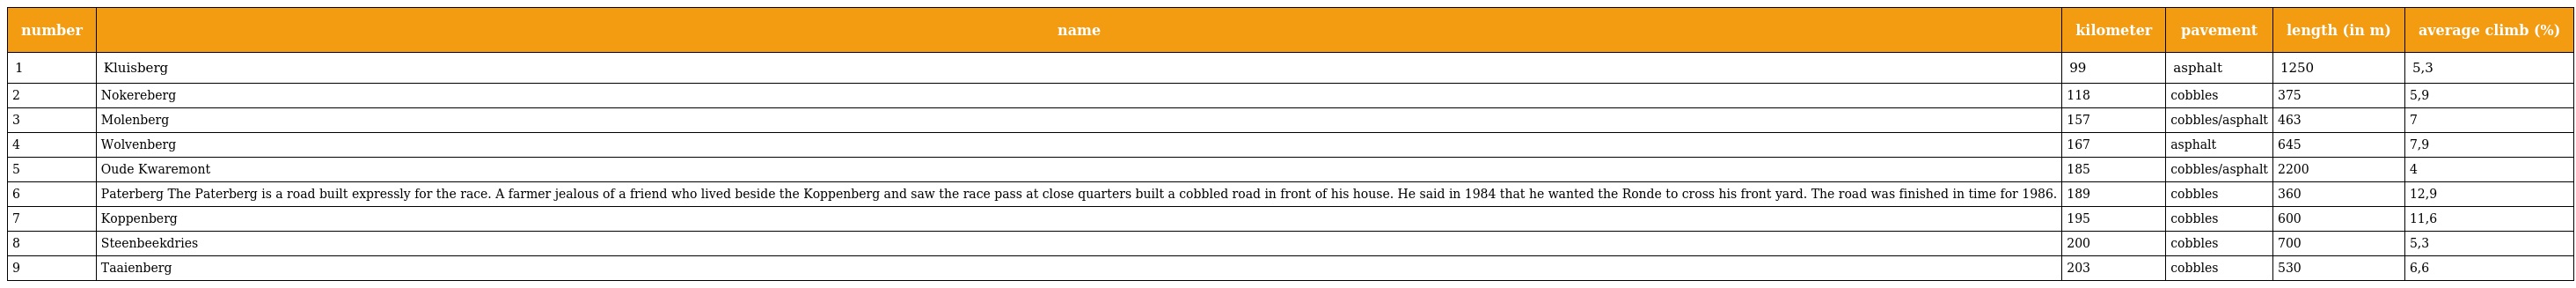
| number | name | kilometer | pavement | length (in m) | average climb (%) |
 | --- | --- | --- | --- | --- | --- |
 | 1 | Kluisberg | 99 | asphalt | 1250 | 5,3 |
 | 2 | Nokereberg | 118 | cobbles | 375 | 5,9 |
 | 3 | Molenberg | 157 | cobbles/asphalt | 463 | 7 |
 | 4 | Wolvenberg | 167 | asphalt | 645 | 7,9 |
 | 5 | Oude Kwaremont | 185 | cobbles/asphalt | 2200 | 4 |
 | 6 | Paterberg The Paterberg is a road built expressly for the race. A farmer jealous of a friend who lived beside the Koppenberg and saw the race pass at close quarters built a cobbled road in front of his house. He said in 1984 that he wanted the Ronde to cross his front yard. The road was finished in time for 1986. | 189 | cobbles | 360 | 12,9 |
 | 7 | Koppenberg | 195 | cobbles | 600 | 11,6 |
 | 8 | Steenbeekdries | 200 | cobbles | 700 | 5,3 |
 | 9 | Taaienberg | 203 | cobbles | 530 | 6,6 |